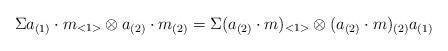
LaTeX: \begin{align*}\Sigma a_{(1)}\cdot m_{<1>} \otimes a_{(2)}\cdot m_{(2)} =\Sigma (a_{(2)}\cdot m)_{<1>} \otimes (a_{(2)}\cdot m)_{(2)}a_{(1)}\end{align*}